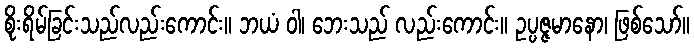
စိုးရိမ်ခြင်းသည်လည်းကောင်း။ ဘယံ ဝါ၊ ဘေးသည် လည်းကောင်း။ ဥပ္ပဇ္ဇမာနော၊ ဖြစ်သော်။